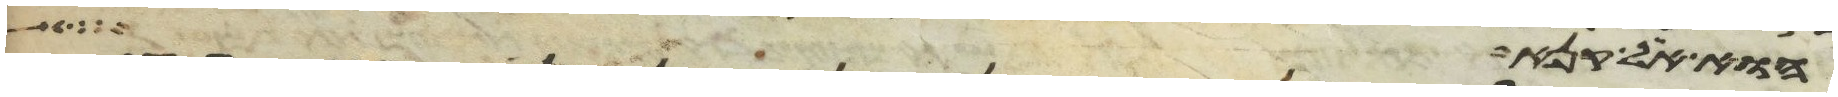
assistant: הוא אל קנא